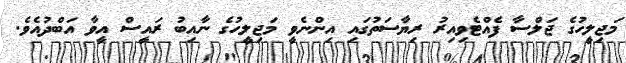
މަޖިލީހުގެ ޖަލްސާ ފެއްޓެވިއިރު ރިޔާސަތުގައި އިންނެވީ މަޖިލީހުގެ ނާއިބު ރައީސް އީވާ އަބްދުއެވެ.